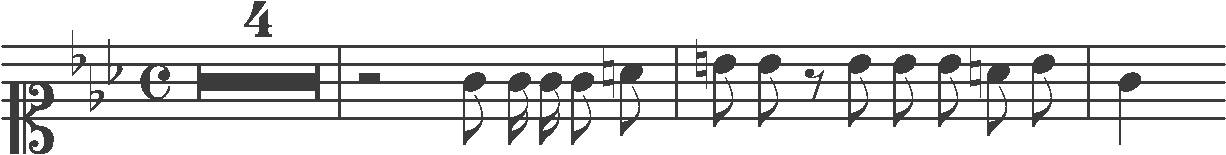
Transcription: clef-C1 keySignature-EbM timeSignature-C multirest-4 barline rest-half note-G4_eighth note-G4_sixteenth note-G4_sixteenth note-G4_eighth note-A4_eighth barline note-B4_eighth note-Bb4_eighth rest-eighth note-Bb4_eighth note-Bb4_eighth note-Bb4_eighth note-A4_eighth note-Bb4_eighth barline note-G4_quarter